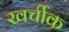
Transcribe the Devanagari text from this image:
खर्चीक